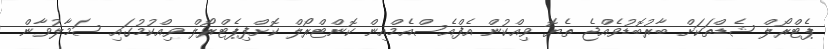
ޕެޓްރޯލް ޝެޑްތަކަށް ބާރުބޮޑުވެއްޖެ ތެޔޮ ވިއްކުން އެފްއެސްއެމްއިން ކޮންޓްރޯލް ކޮށްފިޕެޓްރޯލް ވިއްކުމުގައި ސަމާލުވާން